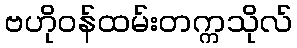
ဗဟိုဝန်ထမ်းတက္ကသိုလ်